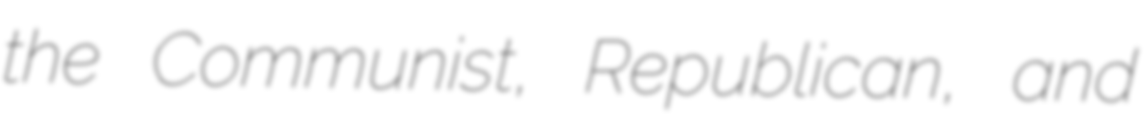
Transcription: the Communist, Republican, and